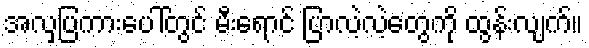
အလှပြကားပေါ်တွင် မီးရောင် ပြာလဲ့လဲ့တွေကို ထွန်းလျက်။